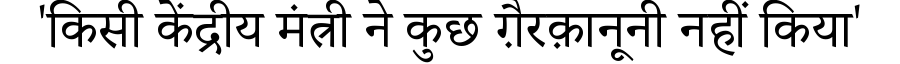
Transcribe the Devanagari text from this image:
'किसी केंद्रीय मंत्री ने कुछ ग़ैरक़ानूनी नहीं किया'